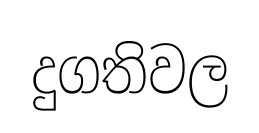
දුගතිවල